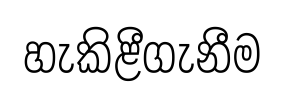
හැකිළීගැනීම